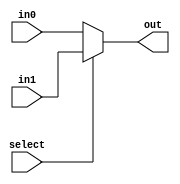
`timescale 1ns / 1ps

module mux2x1(in0, in1, select, out);
    input wire select;
    input wire [31:0] in0;
    input wire [31:0] in1;
    output wire[31:0] out;

    assign out = (select == 0) ? in0 : in1;

endmodule